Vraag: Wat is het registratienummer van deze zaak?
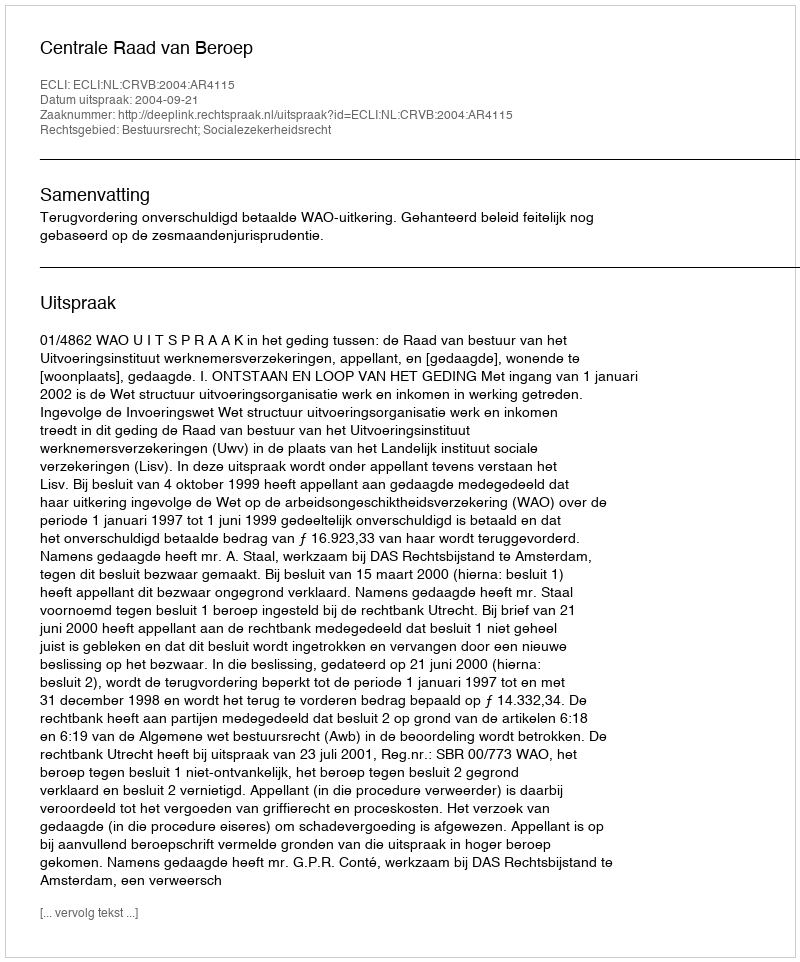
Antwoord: http://deeplink.rechtspraak.nl/uitspraak?id=ECLI:NL:CRVB:2004:AR4115